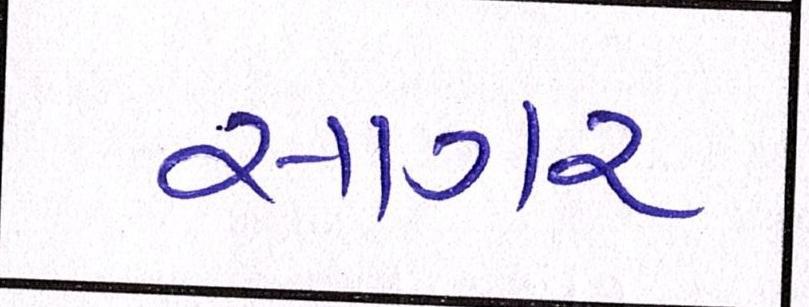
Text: સાગર